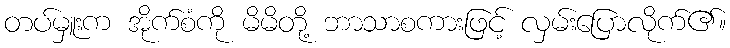
တပ်မှူးက အိုက်စံကို မိမိတို့ ဘာသာစကားဖြင့် လှမ်းပြောလိုက်၏။